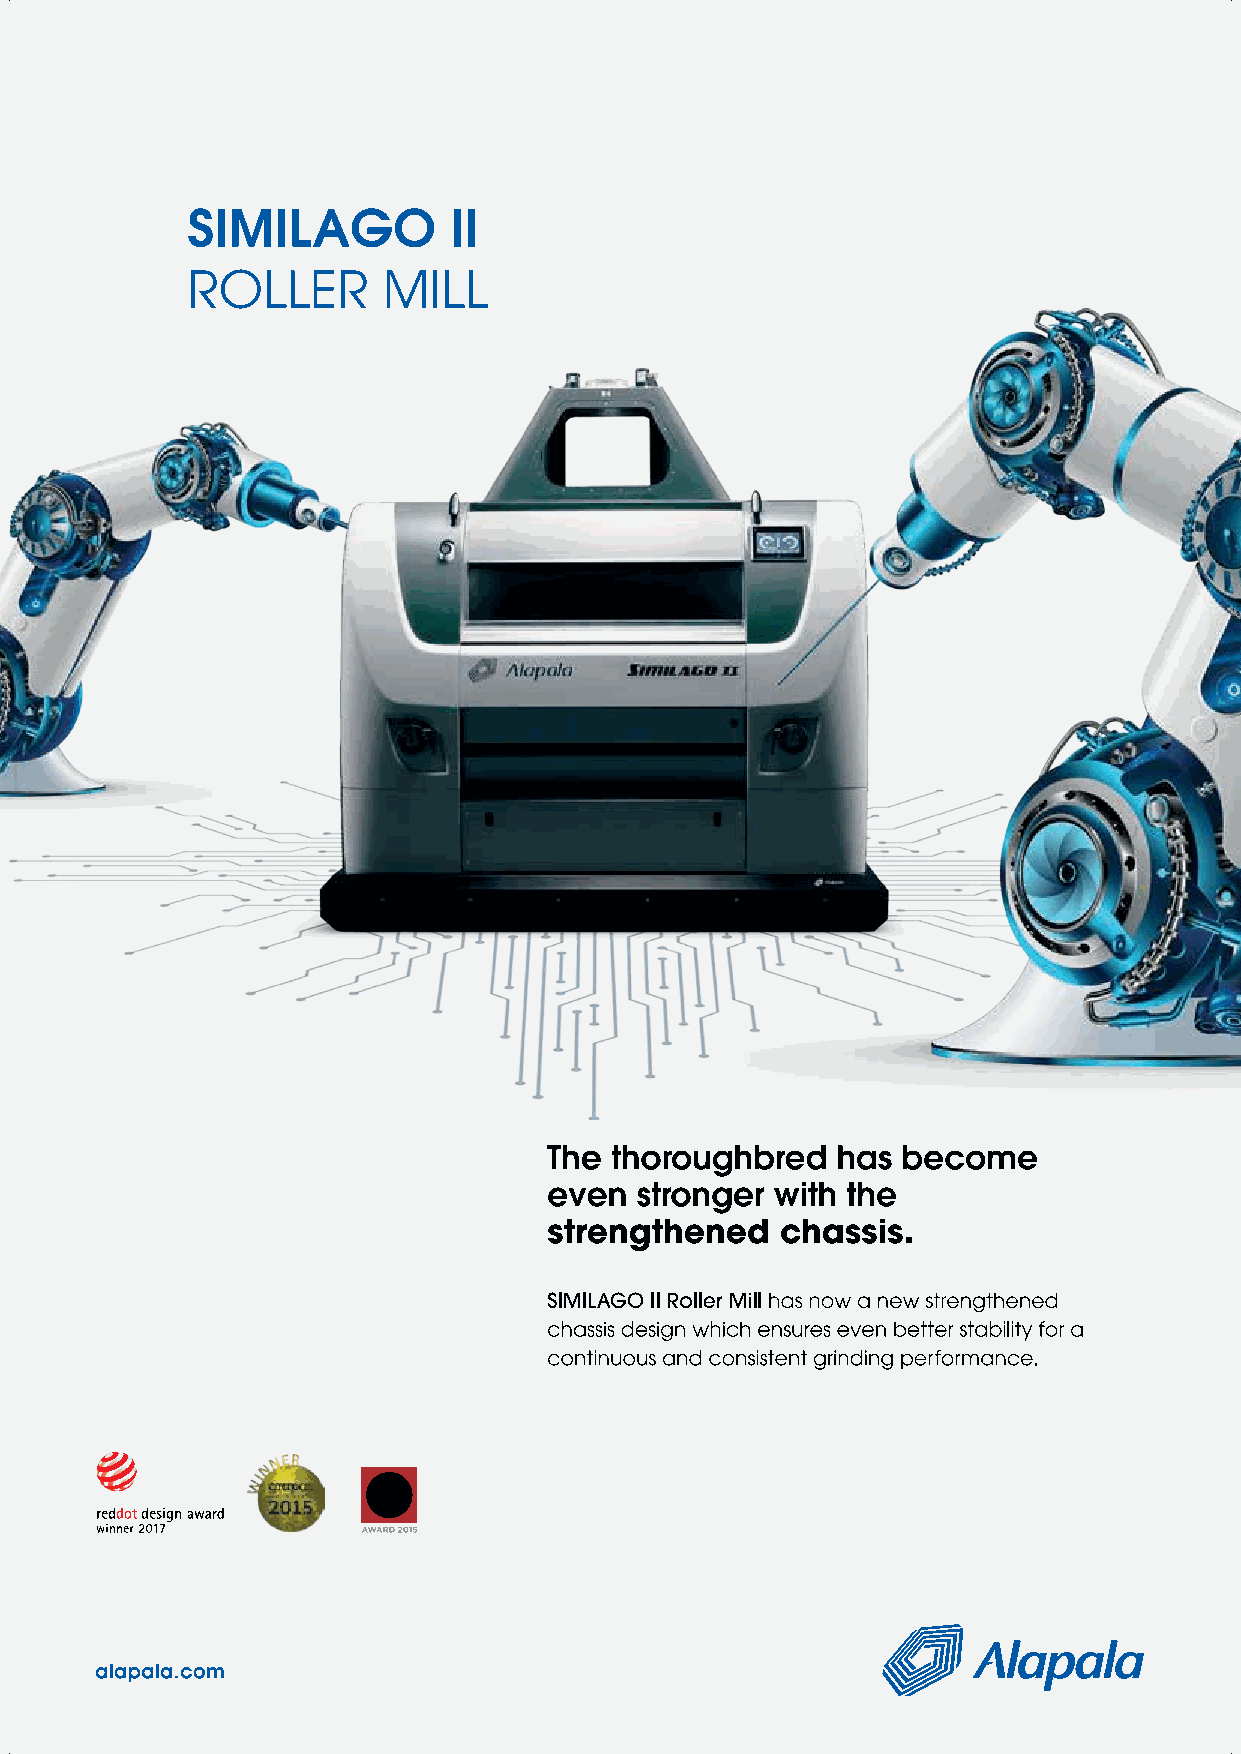
w w w . w e s t a fr ic a n a g r i. c o m      W e s t A f r ican Agri business | O ctober - Dece m b e r 2 0 2 1 25